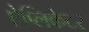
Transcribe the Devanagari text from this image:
ऐप्लिकेटर